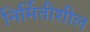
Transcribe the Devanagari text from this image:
निर्मितीशील